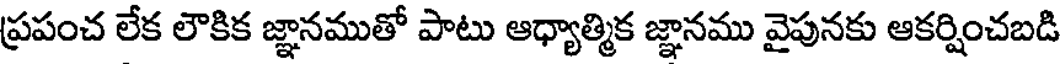
ప్రపంచ లేక లౌకిక జ్ఞానముతో పాటు ఆధ్యాత్మిక జ్ఞానము వైపునకు ఆకర్షించబడి